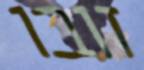
זובו